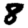
Digit: 8